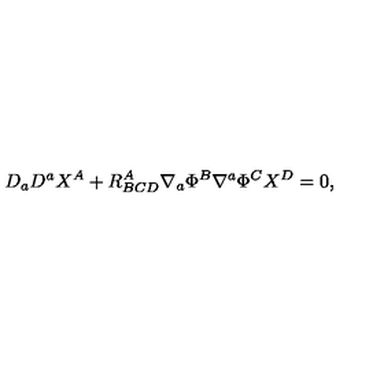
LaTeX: D _ { a } D ^ { a } X ^ { A } + R _ { B C D } ^ { A } \nabla _ { a } \Phi ^ { B } \nabla ^ { a } \Phi ^ { C } X ^ { D } = 0 ,